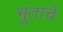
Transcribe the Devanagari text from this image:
भूताचे